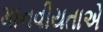
માનવીયતાએ